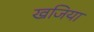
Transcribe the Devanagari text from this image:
खजिया